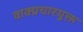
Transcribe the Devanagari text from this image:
वाक्प्रचारयुक्त